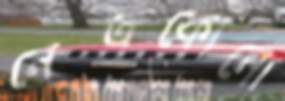
নেত্রকোনো